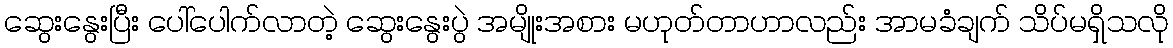
ဆွေးနွေးပြီး ပေါ်ပေါက်လာတဲ့ ဆွေးနွေးပွဲ အမျိုးအစား မဟုတ်တာဟာလည်း အာမခံချက် သိပ်မရှိသလို